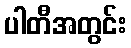
ပါတီအတွင်း